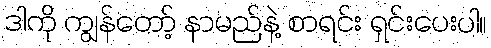
ဒါကို ကျွန်တော့် နာမည်နဲ့ စာရင်း ရှင်းပေးပါ။